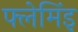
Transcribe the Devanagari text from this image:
फ्लेमिंइ